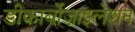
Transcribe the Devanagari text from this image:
डीकार्बोज़ाइलेशन